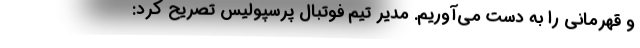
و قهرمانی را به دست می‌‌آوریم. مدیر تیم فوتبال پرسپولیس تصریح کرد: